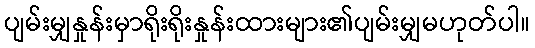
ပျမ်းမျှနှုန်းမှာရိုးရိုးနှုန်းထားများ၏ပျမ်းမျှမဟုတ်ပါ။